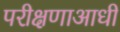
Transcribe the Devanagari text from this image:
परीक्षणाआधी